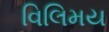
વિલિમય